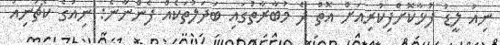
ނިއު ލީޑު ފުޅާކޮށްފިކުރިއަށް އޮތް ދެ މުބާރާތުގައި ބަދަލުތަކެއް ފެންނާނެ: ނިއުގެ ކޯޗުނިއު